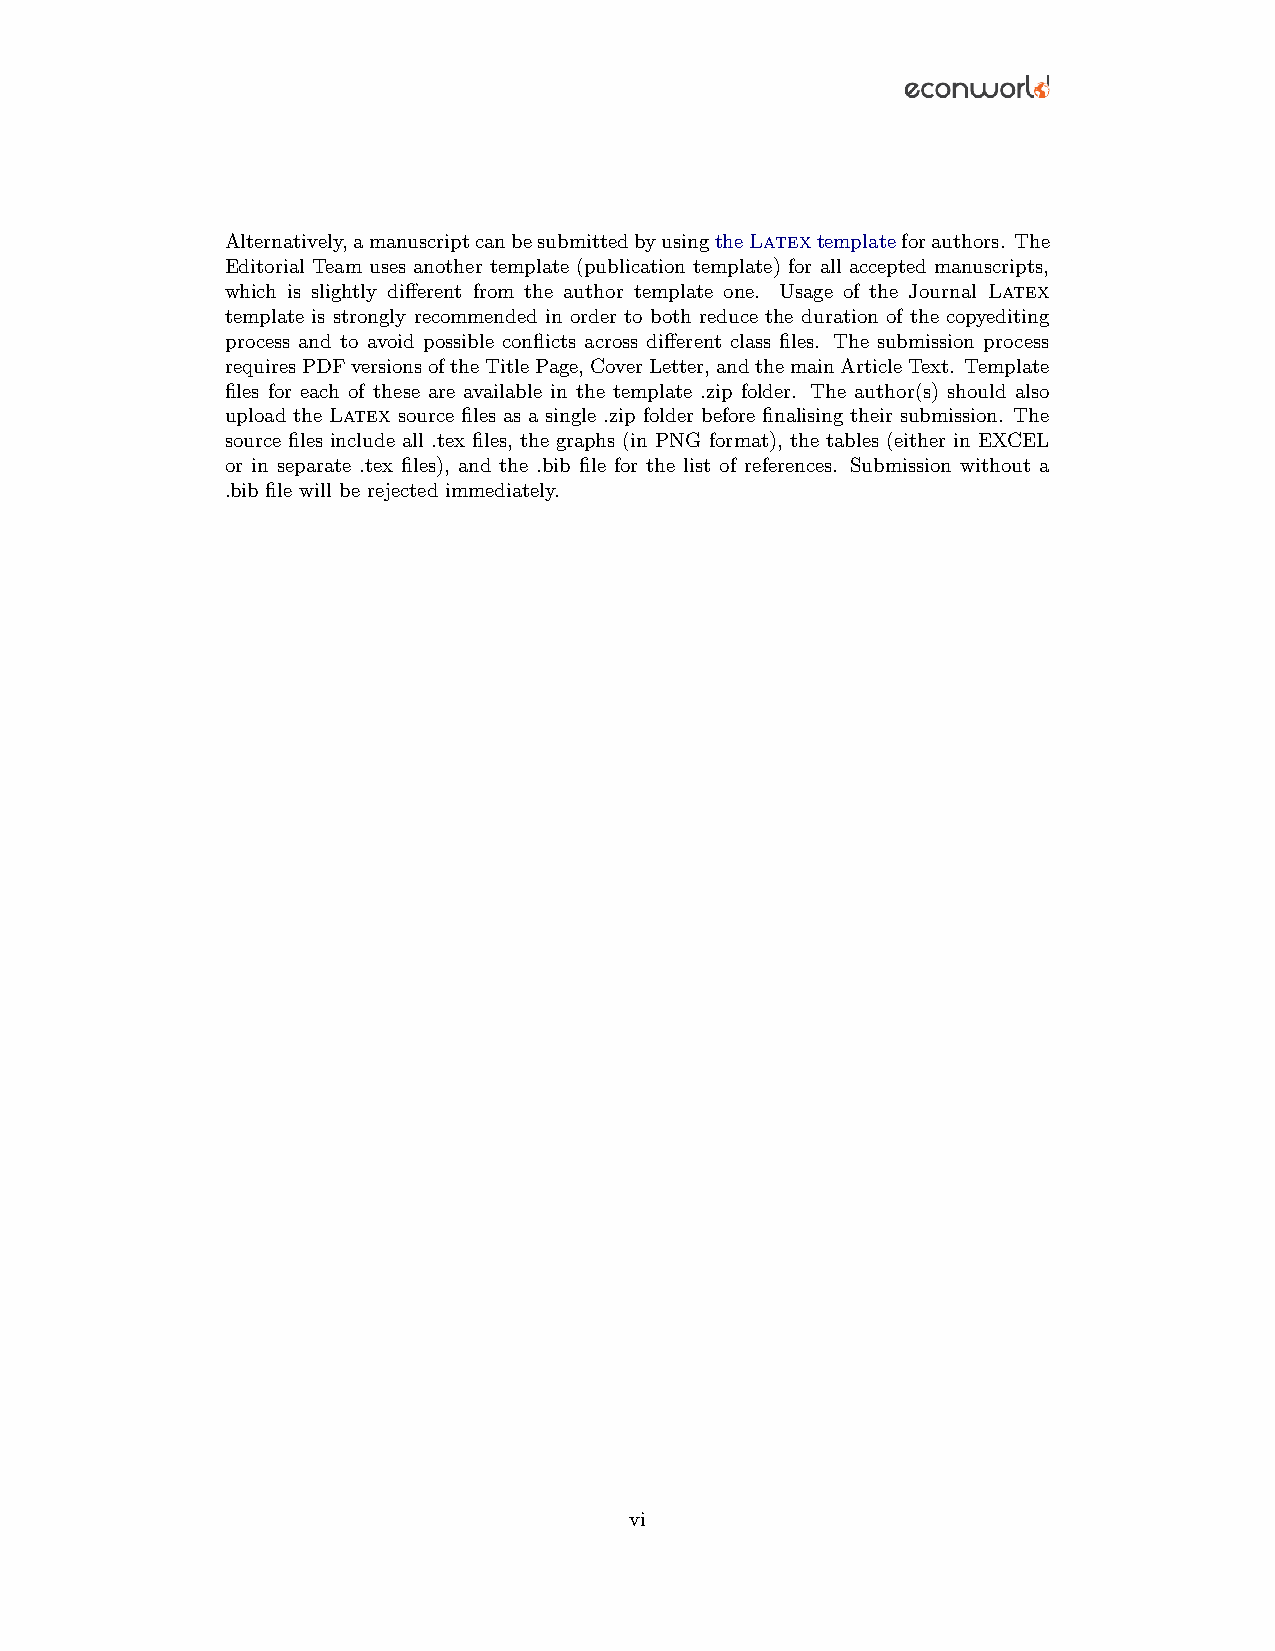
Alternatively,amanuscriptcanbesubmittedbyusingtheLatextemplateforauthors. The
 Editorial Team uses another template (publication template) for all accepted manuscripts,
 which is slightly different from the author template one. Usage of the Journal Latex
 template is strongly recommended in order to both reduce the duration of the copyediting
 process and to avoid possible conflicts across different class files. The submission process
 requiresPDFversionsoftheTitlePage,CoverLetter,andthemainArticleText. Template
 files for each of these are available in the template .zip folder. The author(s) should also
 upload the Latex source files as a single .zip folder before finalising their submission. The
 source files include all .tex files, the graphs (in PNG format), the tables (either in EXCEL
 or in separate .tex files), and the .bib file for the list of references. Submission without a
 .bib file will be rejected immediately.
 vi